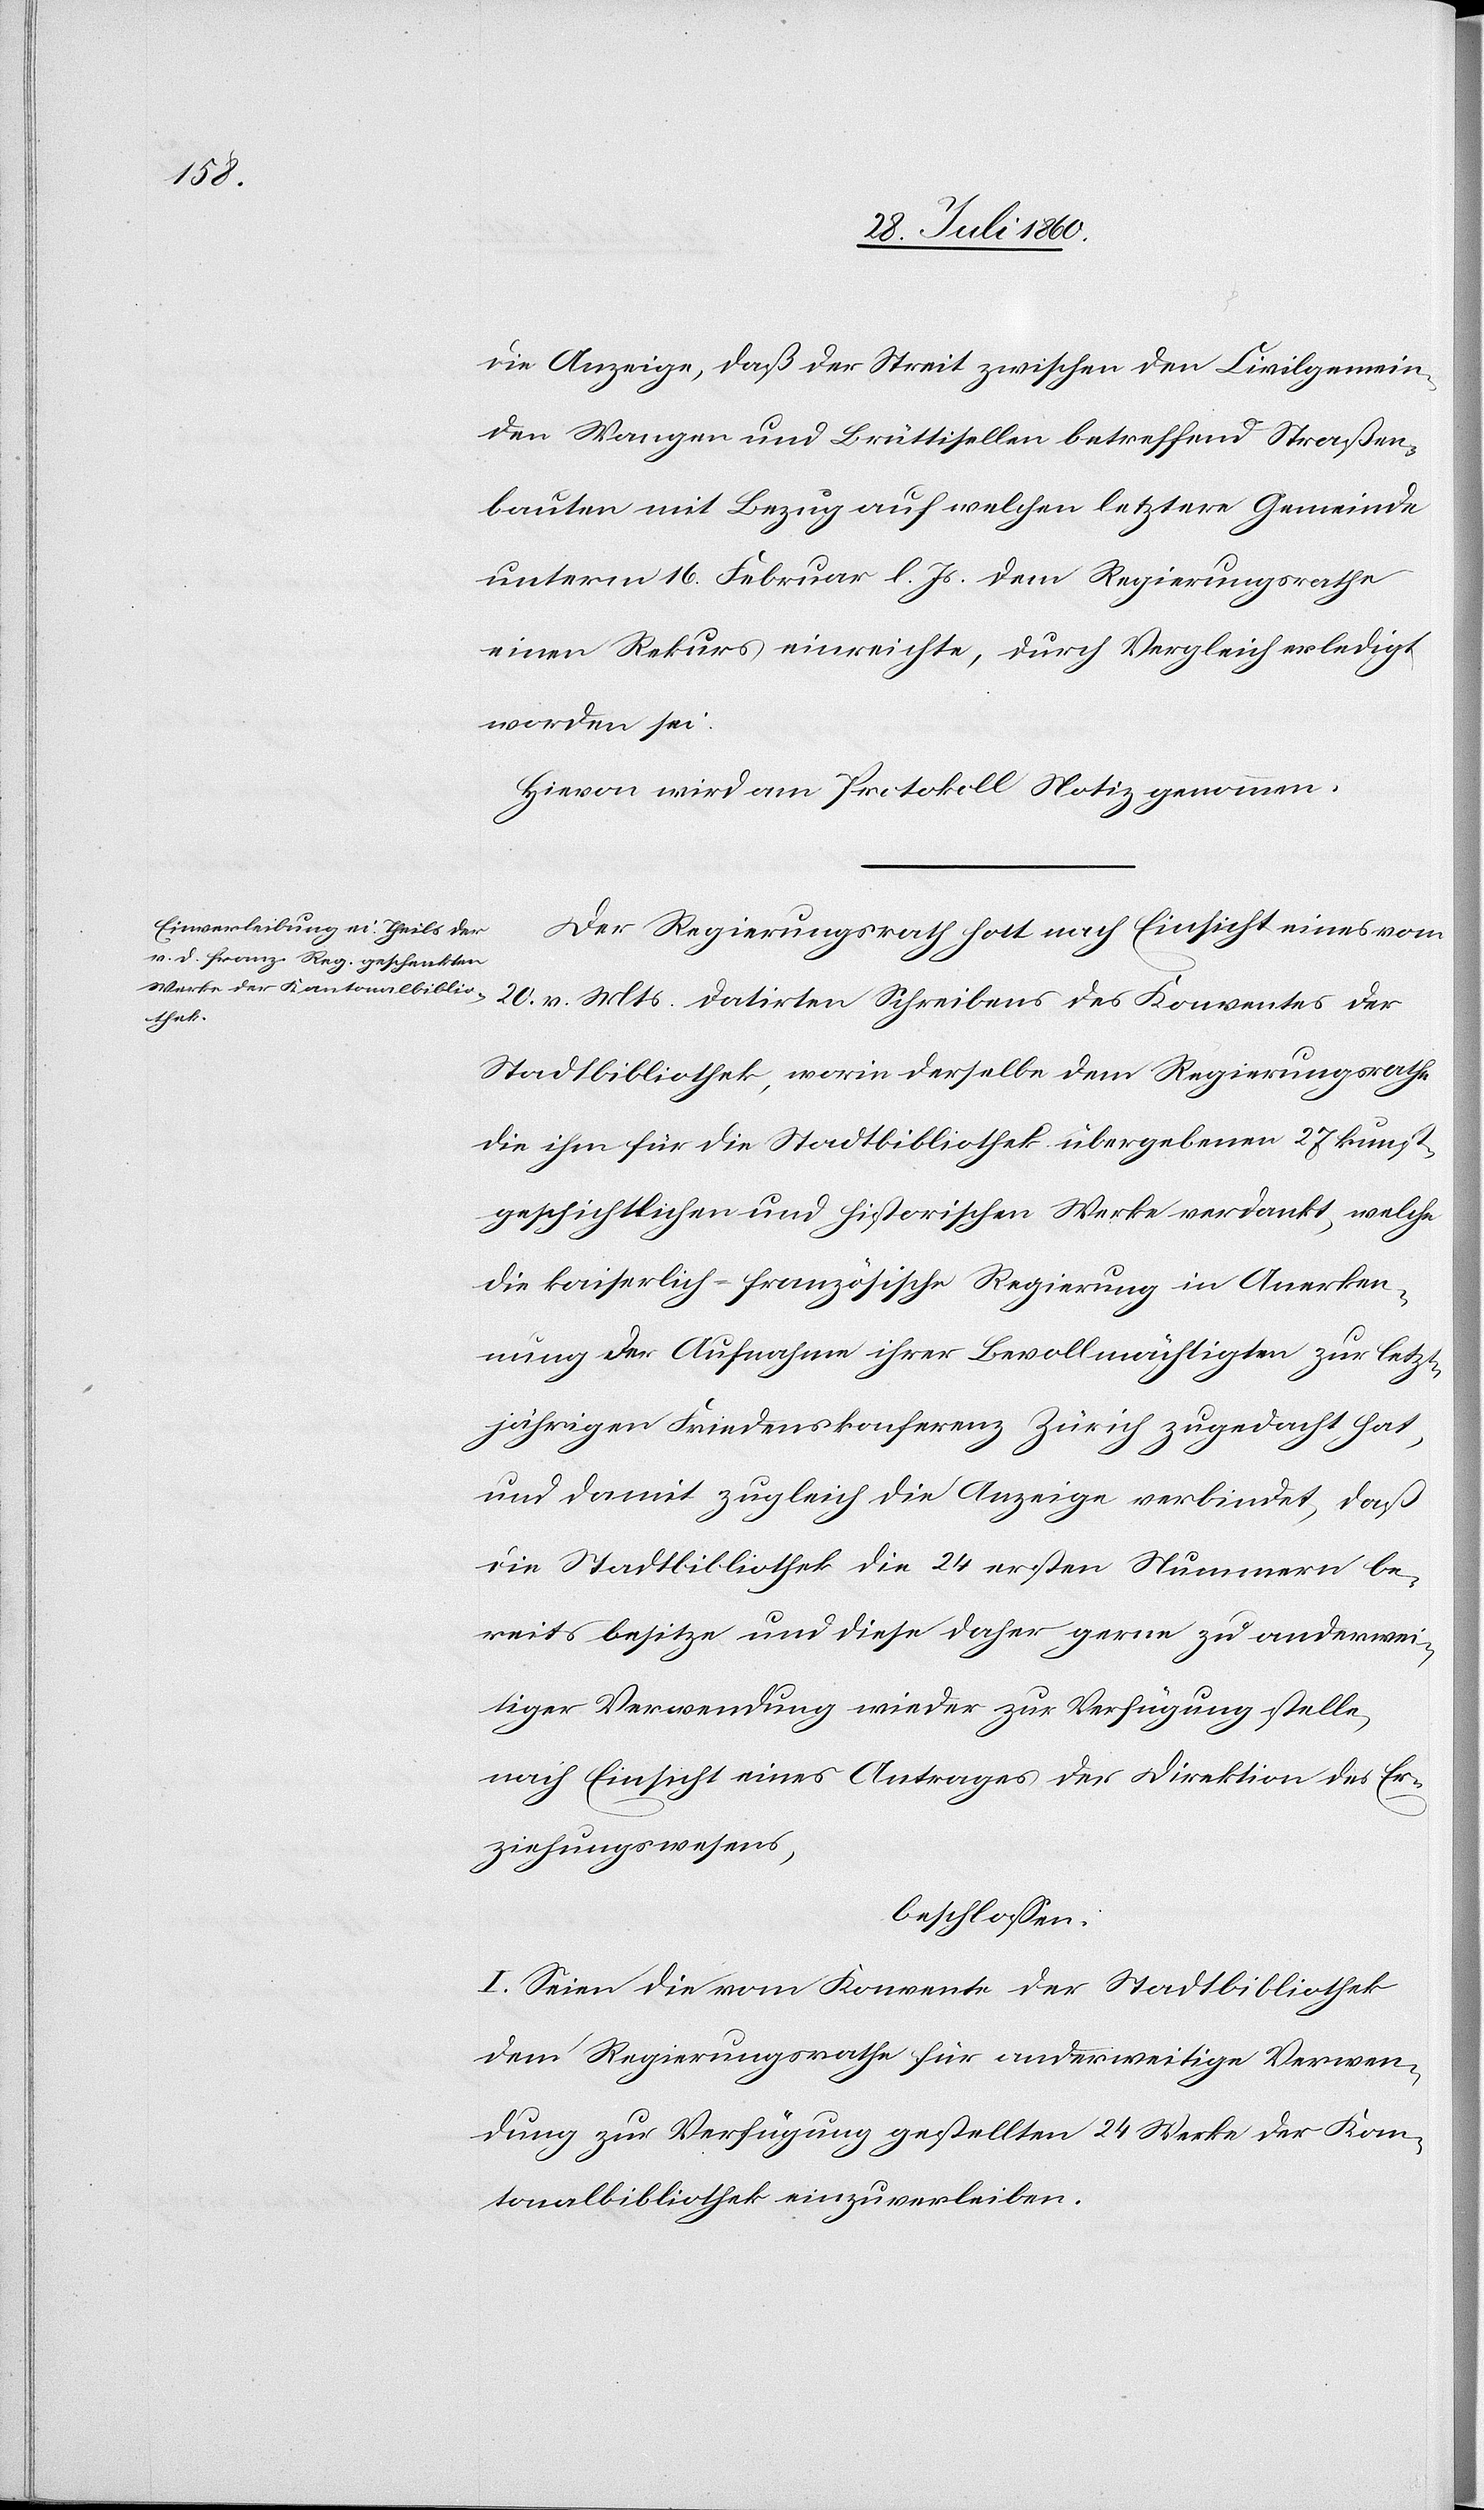
die Anzeige, dass der Streit zwischen den Civilgemein¬
den Wangen und Brüttisellen betreffend Strassen¬
bauten mit Bezug auf welchen letztere Gemeinde
unterm 16. Hornung l. Js. dem Regierungsrathe
einen Rekurs einreichte, durch Vergleich erledigt
worden sei.
Hievon wird am Protokoll Notiz genommen.
Der Regierungsrath hat, nach Einsicht eines vom
20. v. Mts datirten Schreibens des Konventes der
Stadtbibliothek, worin derselbe dem Regierungsrathe
die ihm für die Stadtbibliothek übergebenen 27 kunst¬
geschichtlichen und historischen Werke verdankt, welche
die kaiserlich-französische Regierung in Anerken¬
nung der Aufnahme ihrer Bevollmächtigten zur letzt¬
jährigen Friedenskonferenz Zürich zugedacht hat,
und damit zugleich die Anzeige verbindet, dass
die Stadtbibliothek die 24 ersten Nummern be¬
reits besitze und diese daher gerne zu anderwei¬
tiger Verwendung wieder zur Verfügung stelle,
nach Einsicht eines Antrages der Direktion des Er¬
ziehungswesens
beschlossen:
I. Seien die vom Konvente der Stadtbibliothek
dem Regierungsrathe für anderweitige Verwen¬
dung zur Verfügung gestellten 24 Werke der Kan¬
tonalbibliothek einzuverleiben.